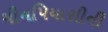
મીનપિયાસીની